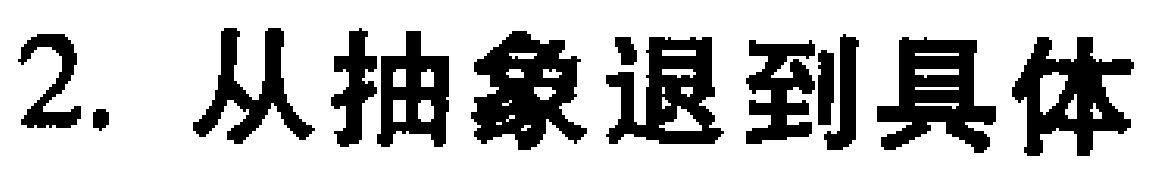
2. 从抽象退到具体